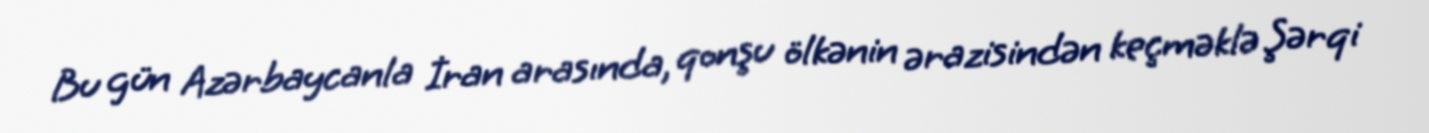
Bu gün Azərbaycanla İran arasında, qonşu ölkənin ərazisindən keçməklə Şərqi